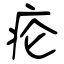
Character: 疮